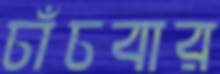
চাঁচবার